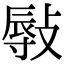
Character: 𢾯